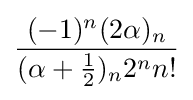
{\frac {(-1)^{n}(2\alpha )_{n}}{(\alpha +{\frac {1}{2}})_{n}2^{n}n!}}